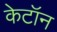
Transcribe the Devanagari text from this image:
केटॉन